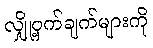
လျှို့ဝှက်ချက်များကို